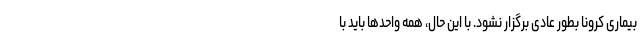
بیماری کرونا بطور عادی برگزار نشود. با این حال، همه واحدها باید با